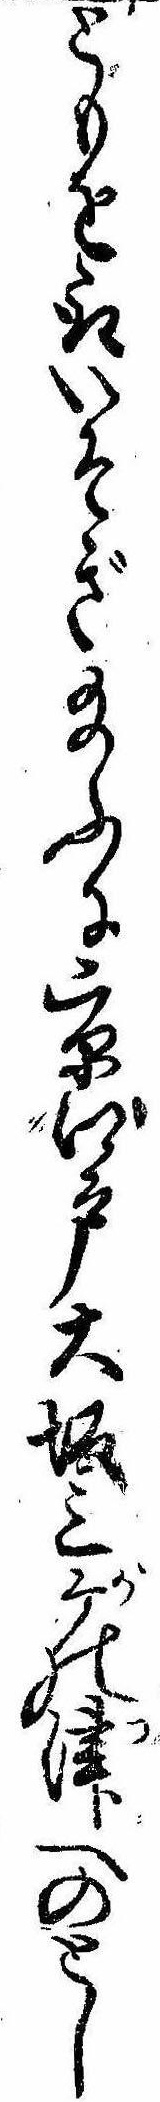
ともを取いそぎ給ふに京江戸大坂三ケの津へのとし